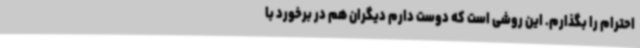
احترام را بگذارم. این روشی است که دوست دارم دیگران هم در برخورد با